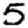
Digit: 5